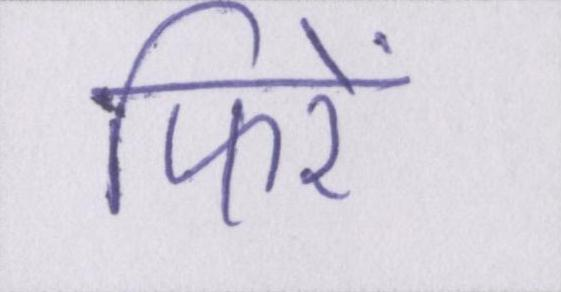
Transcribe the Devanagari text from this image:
फिरें